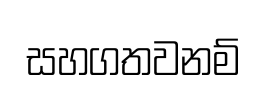
සහගතවනම්